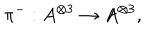
\pi ^ { - } : A ^ { \otimes 3 } \rightarrow A ^ { \otimes 3 } , \quad